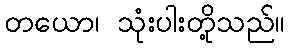
တယော၊ သုံးပါးတို့သည်။